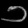
Digit: ၁